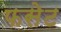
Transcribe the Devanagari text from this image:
फसेट